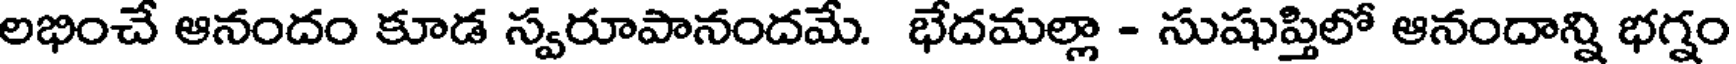
లభించే ఆనందం కూడ స్వరూపానందమే. భేదమల్లా - సుషుప్తిలో ఆనందాన్ని భగ్నం